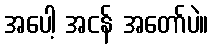
အပေါ့ အငန် အတော်ပဲ။